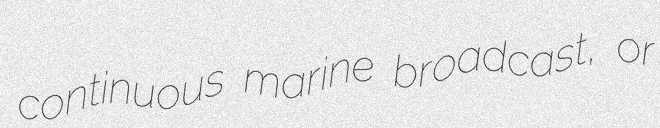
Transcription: continuous marine broadcast, or